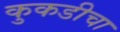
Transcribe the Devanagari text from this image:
कुकडीचा